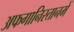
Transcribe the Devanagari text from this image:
अफगानिस्तानमें